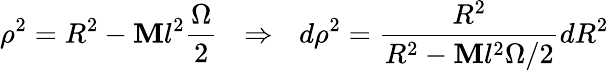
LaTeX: \rho^{2}=R^{2}-\mathbf{M}l^{2}\frac{{\Omega}}{{2}}\: \: \: \Rightarrow\: \: \: d\rho^{2}=\frac{{R^{2}}}{{R^{2}-\mathbf{M}l^{2}\Omega/2}}dR^{2}